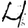
Digit: 4